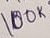
Text: 100K